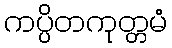
ကပ္ပိတကုတ္တမံ